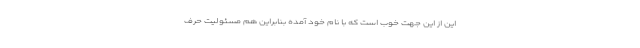
این از این جهت خوب است که با نام خود آمده بنابراین هم مسئولیت حرف